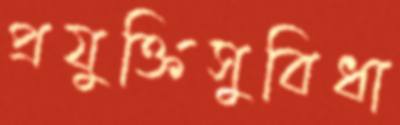
প্রযুক্তিসুবিধা